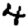
Digit: 4